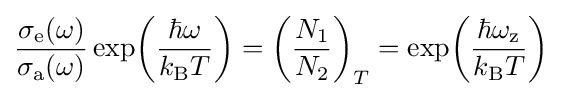
{\frac {\sigma _{\rm {e}}(\omega )}{\sigma _{\rm {a}}(\omega )}}\exp \!\left({\frac {\hbar \omega }{k_{\rm {B}}T}}\right)=\left({\frac {N_{1}}{N_{2}}}\right)_{T}=\exp \!\left({\frac {\hbar \omega _{\rm {z}}}{k_{\rm {B}}T}}\right)